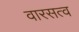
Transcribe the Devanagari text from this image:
वारसत्व